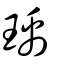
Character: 瑀